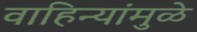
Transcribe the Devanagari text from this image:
वाहिन्यांमुळे